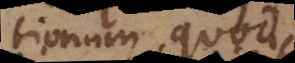
operationum, quod